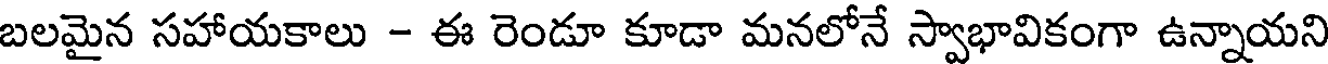
బలమైన సహాయకాలు - ఈ రెండూ కూడా మనలోనే స్వాభావికంగా ఉన్నాయని